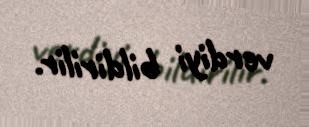
verdiyi bildirilir.